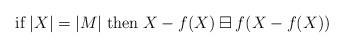
LaTeX: \begin{align*}\textrm{if}\; |X|=|M| \; \textrm{then} \; X-f(X) \boxminus f(X-f(X))\end{align*}